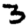
Digit: 3